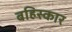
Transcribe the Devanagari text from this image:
बहिस्कार